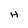
Character: H